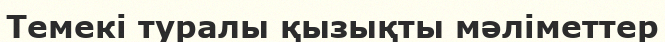
Темекі туралы қызықты мәліметтер